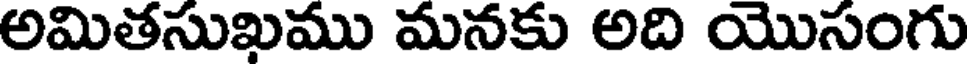
అమితసుఖము మనకు అది యొసంగు